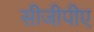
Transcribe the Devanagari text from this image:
सीजीपीए